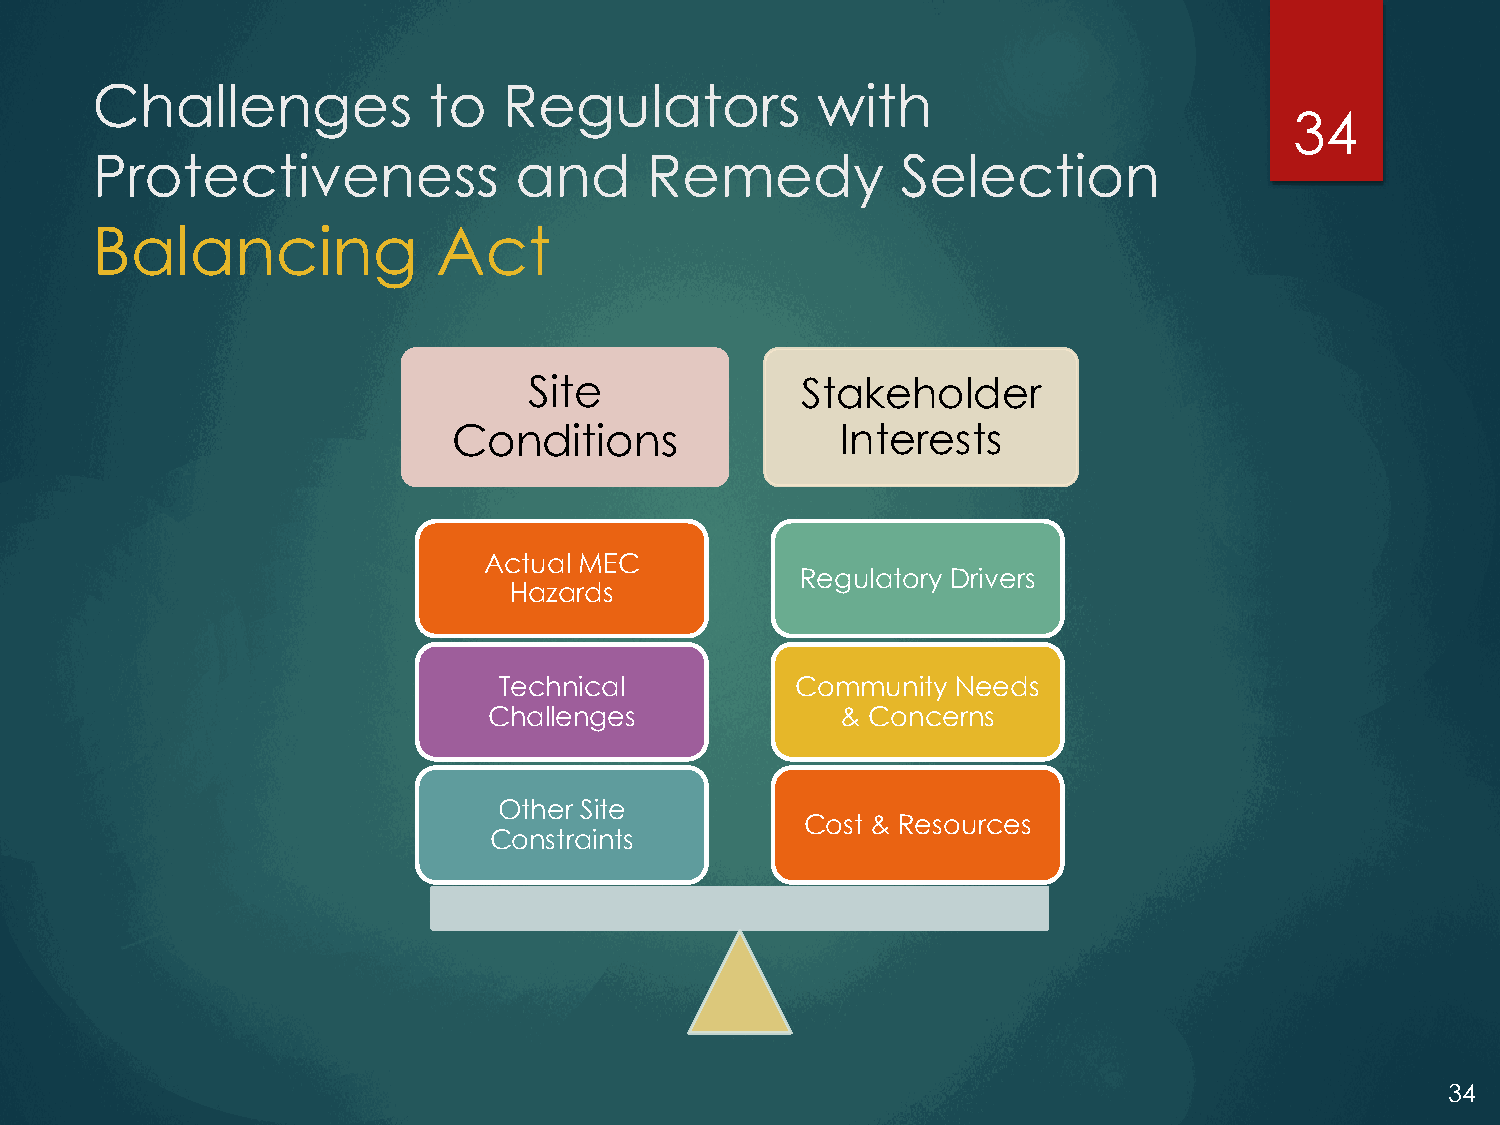
Challenges            to   Regulators           with
 34
 Protectiveness              and      Remedy           Selection
 Balancing              Act
 Site              Stakeholder
 Conditions                Interests
 Actual MEC
 Regulatory Drivers
 Hazards
 Technical           Community Needs
 Challenges              & Concerns
 Other Site
 Cost & Resources
 Constraints
 34